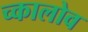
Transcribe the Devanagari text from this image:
च्कालोव